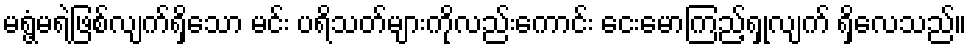
မရွံ့မရဲဖြစ်လျက်ရှိသော မင်း ပရိသတ်များကိုလည်းကောင်း ငေးမောကြည့်ရှုလျက် ရှိလေသည်။